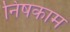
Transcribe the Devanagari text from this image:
निषकाम